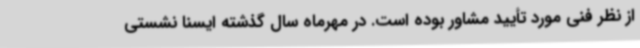
از نظر فنی مورد تأیید مشاور بوده است. در مهرماه سال گذشته ایسنا نشستی